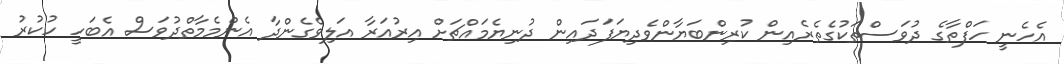
އެހެނީ ހަފްތާގެ ދުވަސްތަކުގެތެރެއިން ކުރިންބަޔާންވެދިޔަފަދައިން ދުނިޔެމައްޗަށް އިރުއަރާ އަލިވެގެންދާ އެންމެމާތްދުވަސް އެބަހީ ހުކުރު